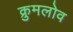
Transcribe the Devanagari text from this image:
क्रुमलोव